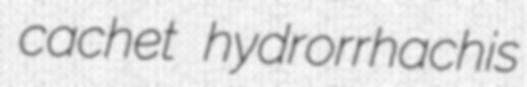
cachet hydrorrhachis